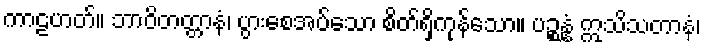
ကာဠဟတ်။ ဘာဝိတတ္တာနံ၊ ပွားစေအပ်သော စိတ်ရှိကုန်သော။ ပဉ္စန္နံ ဣသိသတာနံ၊